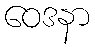
ဝေဒနာ